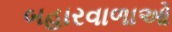
બહારવાળાઓ